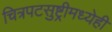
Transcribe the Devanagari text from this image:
चित्रपटसुष्ट्रीमध्येही